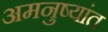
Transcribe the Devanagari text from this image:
अमनुष्यांत